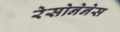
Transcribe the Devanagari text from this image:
रेसोनेनेस